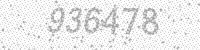
Solution: 936478